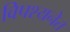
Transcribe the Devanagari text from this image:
विपश्यनेत